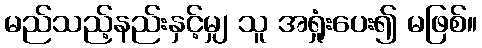
မည်သည့်နည်းနှင့်မျှ သူ အရှုံးပေး၍ မဖြစ်။